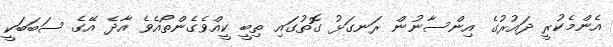
އެންމެކުރީ ދައުރުގެ އިންސާނުން ރަނގަޅު ގޮތުގައި ތިބީ ކީއްވެގެންތޯއެވެ އާދެ އޭގެ ސަބަބަކީ